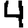
Digit: 4